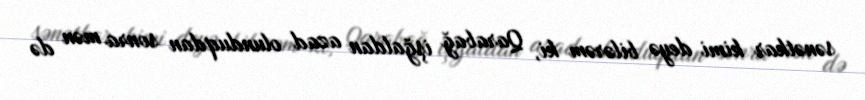
sənətkar kimi deyə bilərəm ki, Qarabağ işğaldan azad olunduqdan sonra mən də